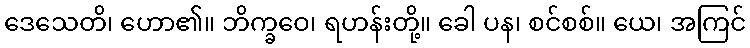
ဒေသေတိ၊ ဟော၏။ ဘိက္ခဝေ၊ ရဟန်းတို့။ ခေါ ပန၊ စင်စစ်။ ယေ၊ အကြင်